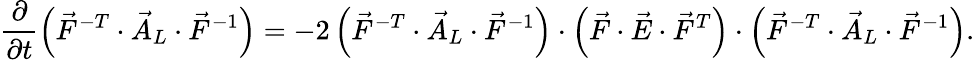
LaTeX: \frac{\partial}{\partial t}\left(\vec{F}^{-T}\cdot\vec{A}_{L}\cdot\vec{F}^{-1}\right)=-2\left(\vec{F}^{-T}\cdot\vec{A}_{L}\cdot\vec{F}^{-1}\right)\cdot\left(\vec{F}\cdot\vec{E}\cdot\vec{F}^{T}\right)\cdot\left(\vec{F}^{-T}\cdot\vec{A}_{L}\cdot\vec{F}^{-1}\right).